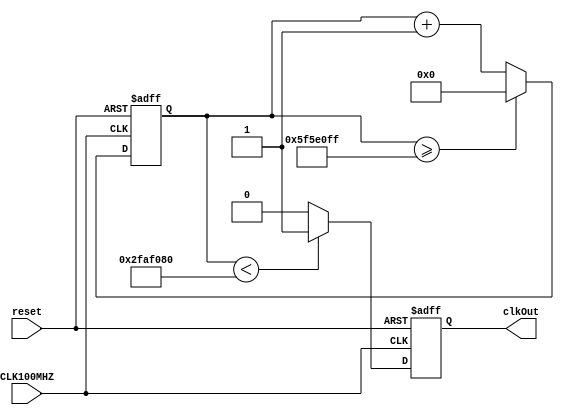
// This program was cloned from: https://github.com/thefranciscoflores/Traffic-Intersection-Simulator
// License: GNU General Public License v2.0

`timescale 1ns / 1ps

module slowerClkGen
    #(parameter N = 100_000_000)
    (CLK100MHZ, reset, clkOut);
    
    input CLK100MHZ, reset;
    output reg clkOut;
    


    reg [27:0] counter = 28'd0;

 always @(posedge CLK100MHZ or posedge reset)
    begin
            if (reset) 
        begin
            counter <= 28'd0; // Reset counter to zero when reset is high  
            clkOut <= 1'b0;
        end 
        else begin
            counter <= counter + 28'd1;     
            if(counter >= (N-1))    counter <= 28'd0;
            clkOut <= (counter < (N/2)) ? 1'b1 : 1'b0;
        end

   end 

endmodule